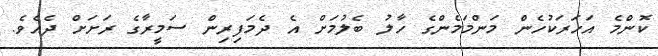
ކޮންމެ އަހަރަކުހެން މަންމަމެންގެ ހާލު ބެލުމަށް އެ ދެމަފިރިން ސަމީރާގެ ރަށަށް ދެއެވެ.